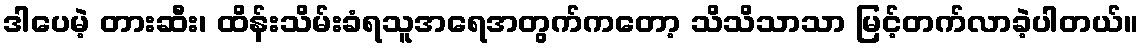
ဒါပေမဲ့ တားဆီး၊ ထိန်းသိမ်းခံရသူအရေအတွက်ကတော့ သိသိသာသာ မြင့်တက်လာခဲ့ပါတယ်။